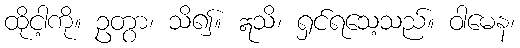
ထိုငါ့ကို။ ဥတွာ၊ သိ၍။ ဣသိ၊ ရှင်ရသေ့သည်။ ဝါမေန၊